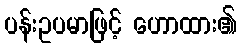
ပန်းဥပမာဖြင့် ဟောထား၏